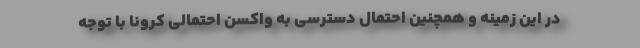
در این زمینه و همچنین احتمال دسترسی به واکسن احتمالی کرونا با توجه